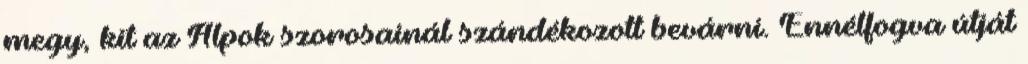
megy, kit az Alpok szorosainál szándékozott bevárni. Ennélfogva útját